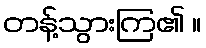
တန့်သွားကြ၏ ။